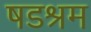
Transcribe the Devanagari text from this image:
षडश्रम